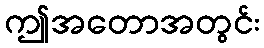
ဤအတောအတွင်း